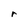
Character: r